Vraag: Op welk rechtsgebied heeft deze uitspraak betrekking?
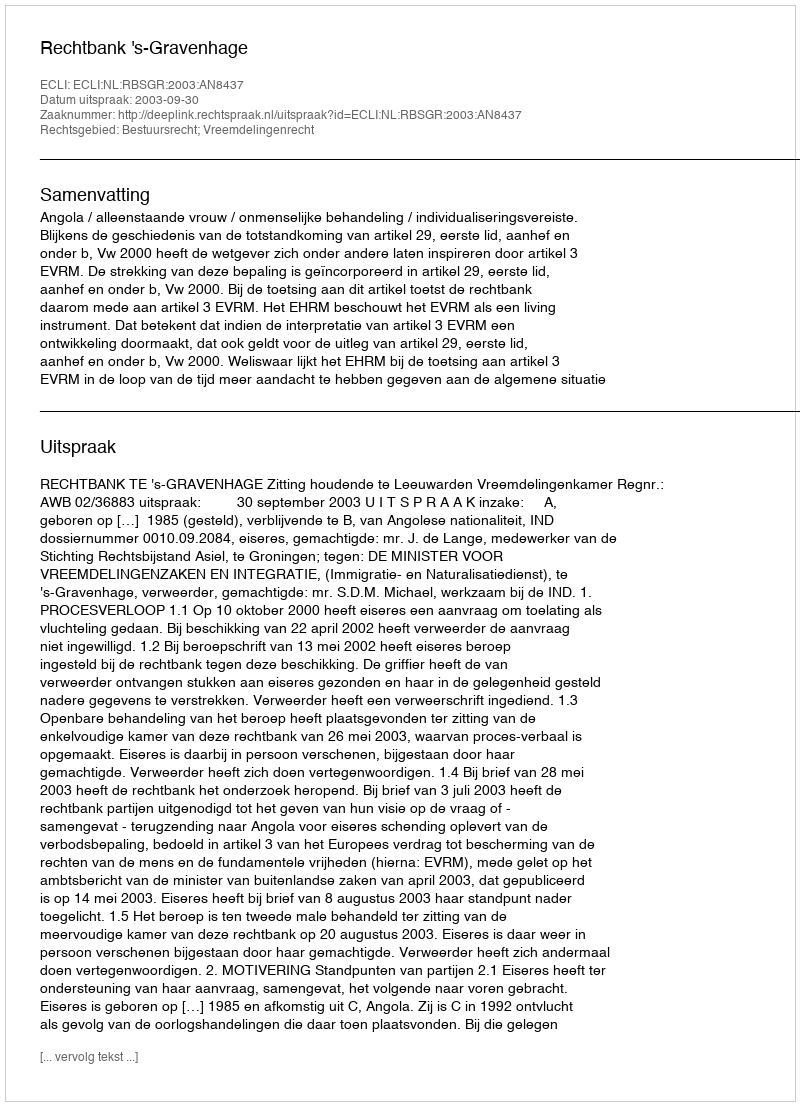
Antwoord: Bestuursrecht; Vreemdelingenrecht